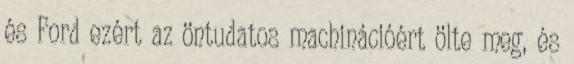
és Ford ezért az öntudatos machinációért ölte meg, és